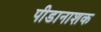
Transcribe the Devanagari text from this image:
पीडानाशक